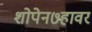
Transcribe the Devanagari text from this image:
शोपेन७हावर